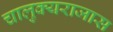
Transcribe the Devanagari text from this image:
चालुक्यराजास